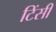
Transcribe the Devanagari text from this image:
टिंसी